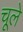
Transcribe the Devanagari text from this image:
चूले